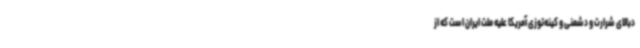
دبالای شرارت و دشمنی و کینه‌توزی آمریکا علیه ملت ایران است که از